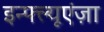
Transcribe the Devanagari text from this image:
इन्फ्ल्यूएंज़ा